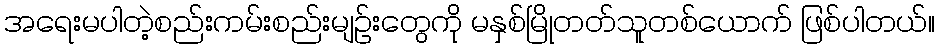
အရေးမပါတဲ့စည်းကမ်းစည်းမျဉ်းတွေကို မနှစ်မြိုတတ်သူတစ်ယောက် ဖြစ်ပါတယ်။